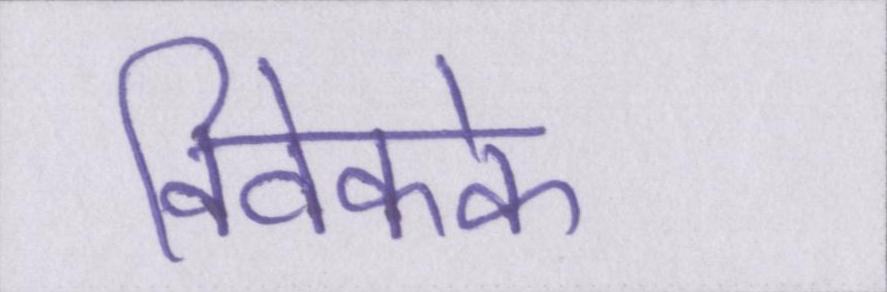
विवेकके